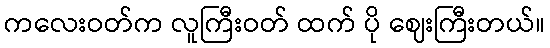
ကလေးဝတ်က လူကြီးဝတ် ထက် ပို ဈေးကြီးတယ်။